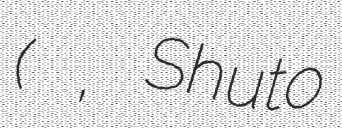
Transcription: (首藤 慎一, Shuto